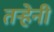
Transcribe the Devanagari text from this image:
तऱ्हेनी